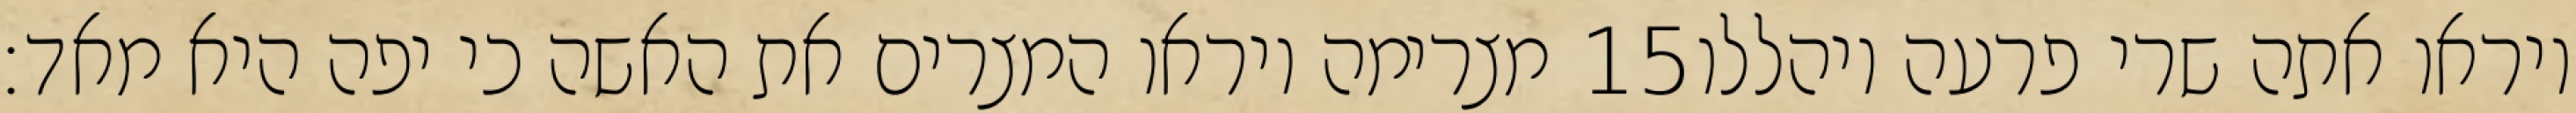
מצרימה ויראו המצרים את האשה כי יפה היא מאד׃ ‎15‏ ויראו אתה שרי פרעה ויהללו